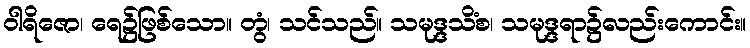
ဝါရိဇော၊ ရေ၌ဖြစ်သော။ တွံ၊ သင်သည်။ သမုဒ္ဒသိံစ၊ သမုဒ္ဒရာ၌လည်းကောင်း။